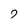
Character: 7